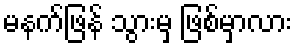
မနက်ဖြန် သွားမှ ဖြစ်မှာလား